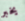
يخبر